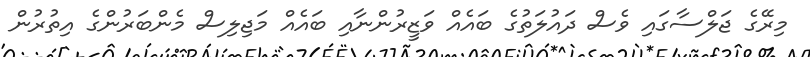
މިރޭގެ ޖަލްސާގައި ވެސް ދައުލަތުގެ ބައެއް ވަޒީރުންނާއި ބައެއް މަޖިލިސް މެންބަރުންގެ އިތުރުން